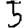
Digit: 5